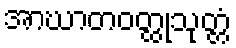
အာဃာတဝတ္ထုသုတ္တံ